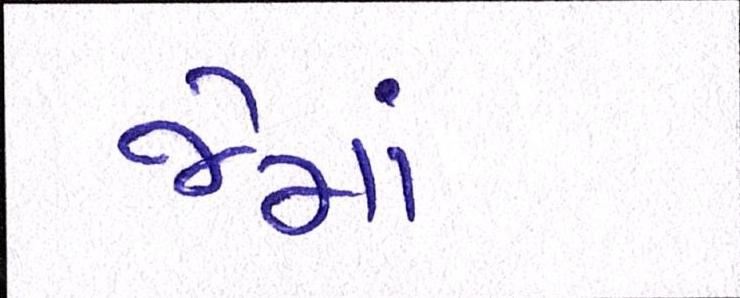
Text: જેમાં